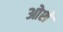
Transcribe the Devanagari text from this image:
ओशे